Scottish Leaving Certificate Examination, 1954
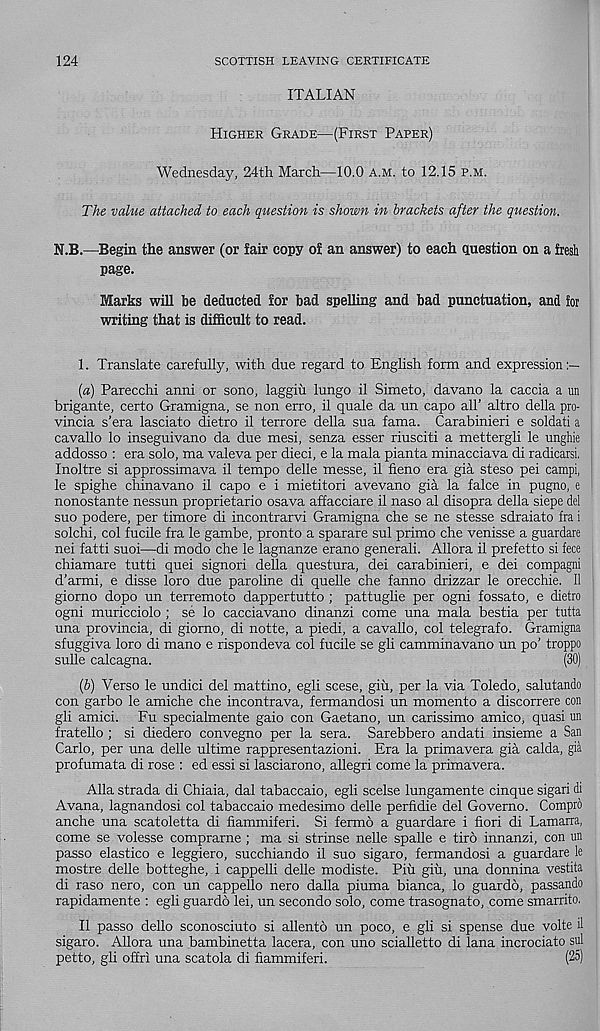
124
SCOTTISH LEAVING CERTIFICATE
ITALIAN
Higher Grade—(First Paper)
Wednesday, 24th March—10.0 a.m. to 12.15 p.m.
The value attached to each question is shown in brackets after the question.
N.B.—Begin the answer (or fair copy of an answer) to each question on a fresh
page.
Marks will be deducted for bad spelling and bad punctuation, and for
writing that is difficult to read.
1. Translate carefully, with due regard to English form and expression:—
(a) Parecchi anni or sono, laggiu lungo il Simeto, davano la caccia a un
brigante, certo Gramigna, se non erro, il quale da un capo all’ altro della pro-
vincia s’era lasciato dietro il terrore della sua fama. Carabinieri e soldati a
cavallo lo inseguivano da due mesi, senza esser riusciti a mettergli le unghie
addosso : era solo, ma valeva per dieci, e la mala pianta minacciava di radicarsi.
Inoltre si approssimava il tempo delle messe, il fieno era gia steso pei campi,
le spighe chinavano il capo e i mietitori avevano gia la fake in pugno, e
nonostante nessun proprietario osava affacciare il naso al disopra della siepe del
suo podere, per timore di incontrarvi Gramigna che se ne stesse sdraiato fra i
solchi, col fucile fra le gambe, pronto a sparare sul primo che venisse a guardare
nei fatti suoi—di modo che le lagnanze erano general!. Allora il prefetto si fece
chiamare tutti quei signori della questura, dei carabinieri, e dei compagni
d’armi, e disse loro due paroline di quelle che fanno drizzar le orecchie. Il
giorno dopo un terremoto dappertutto ; pattuglie per ogni fossato, e dietro
ogni muricciolo ; se lo cacciavano dinanzi come una mala bestia per tutta
una provincia, di giorno, di notte, a piedi, a cavallo, col telegrafo. Gramigna
sfuggiva loro di mano e rispondeva col fucile se gli camminavano un po’ troppo
sulk cakagna.
(30)
(&) Verso le undici del mattino, egli scese, giu, per la via Toledo, salutando
con garbo le amiche che incontrava, fermandosi un momento a discorrere con
gli amici. Fu specialmente gaio con Gaetano, un carissimo amico, quasi un
fratello; si diedero convegno per la sera. Sarebbero andati insieme a San
Carlo, per una delle ultime rappresentazioni. Era la primavera gia calda, gia
profumata di rose : ed essi si lasciarono, allegri come la primavera.
Alla strada di Chiaia, dal tabaccaio, egli scelse lungamente cinque sigari di
Avana, lagnandosi col tabaccaio medesimo delle perfidie del Governo. ComprO
anche una scatoletta di fiammiferi. Si fermd a guardare i fieri di Lamarra,
come se volesse comprarne ; ma si strinse nelk spalle e tiro innanzi, con un
passo elastico e leggiero, succhiando il suo sigaro, fermandosi a guardare le
mostre delle botteghe, i cappelli delle modiste. Piii giu, una donnina vestita
di raso nero, con un cappello nero dalla piuma bianca, lo guardo, passando
rapidamente : egli guardo lei, un secondo solo, come trasognato, come smarrito.
Il passo dello sconosciuto si allento un poco, e gli si spense due volte il
sigaro. Allora una bambinetta lacera, con uno scialletto di lana incrociato sul
petto, gli offri una scatola di fiammiferi.
(25)